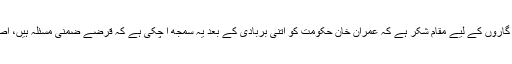
ہم جیسے گناہ گاروں کے لیے مقامِ شکر ہے کہ عمران خان حکومت کو اتنی بربادی کے بعد یہ سمجھ آ چکی ہے کہ قرضے ضمنی مسئلہ ہیں، اصل مسئلہ نہیں۔